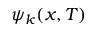
\psi _ { k } ( x , T )